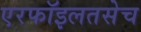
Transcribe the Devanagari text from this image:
एरफॉइलतसेच